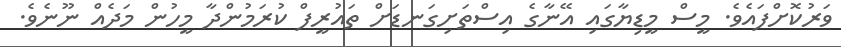
ވަރުކޮށްފައެވެ. މީސް މީޑިޔާގައި އޭނާގެ އިސްތަށިގަނޑަށް ތައުރީފް ކުރަމުންދާ މީހުން މަދެއް ނޫނެވެ.